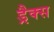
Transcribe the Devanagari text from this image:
ड्रैक्स